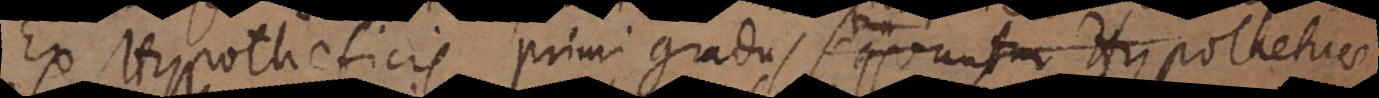
Ex Hypotheticis primi gradus sequuntur Hypotheticae